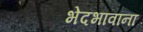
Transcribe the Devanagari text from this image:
भेदभावांना